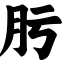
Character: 肟